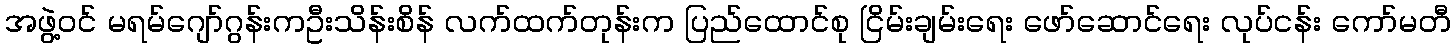
အဖွဲ့ဝင် မရမ်ဂျော်ဂွန်းကဦးသိန်းစိန် လက်ထက်တုန်းက ပြည်ထောင်စု ငြိမ်းချမ်းရေး ဖော်ဆောင်ရေး လုပ်ငန်း ကော်မတီ